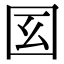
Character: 𡆻